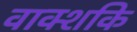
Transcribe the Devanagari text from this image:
वाक्शकि